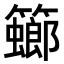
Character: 𥶨